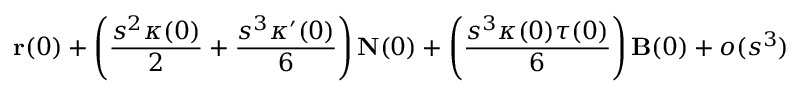
\mathbf { r } ( 0 ) + \left( { \frac { s ^ { 2 } \kappa ( 0 ) } { 2 } } + { \frac { s ^ { 3 } \kappa ^ { \prime } ( 0 ) } { 6 } } \right) \mathbf { N } ( 0 ) + \left( { \frac { s ^ { 3 } \kappa ( 0 ) \tau ( 0 ) } { 6 } } \right) \mathbf { B } ( 0 ) + o ( s ^ { 3 } )